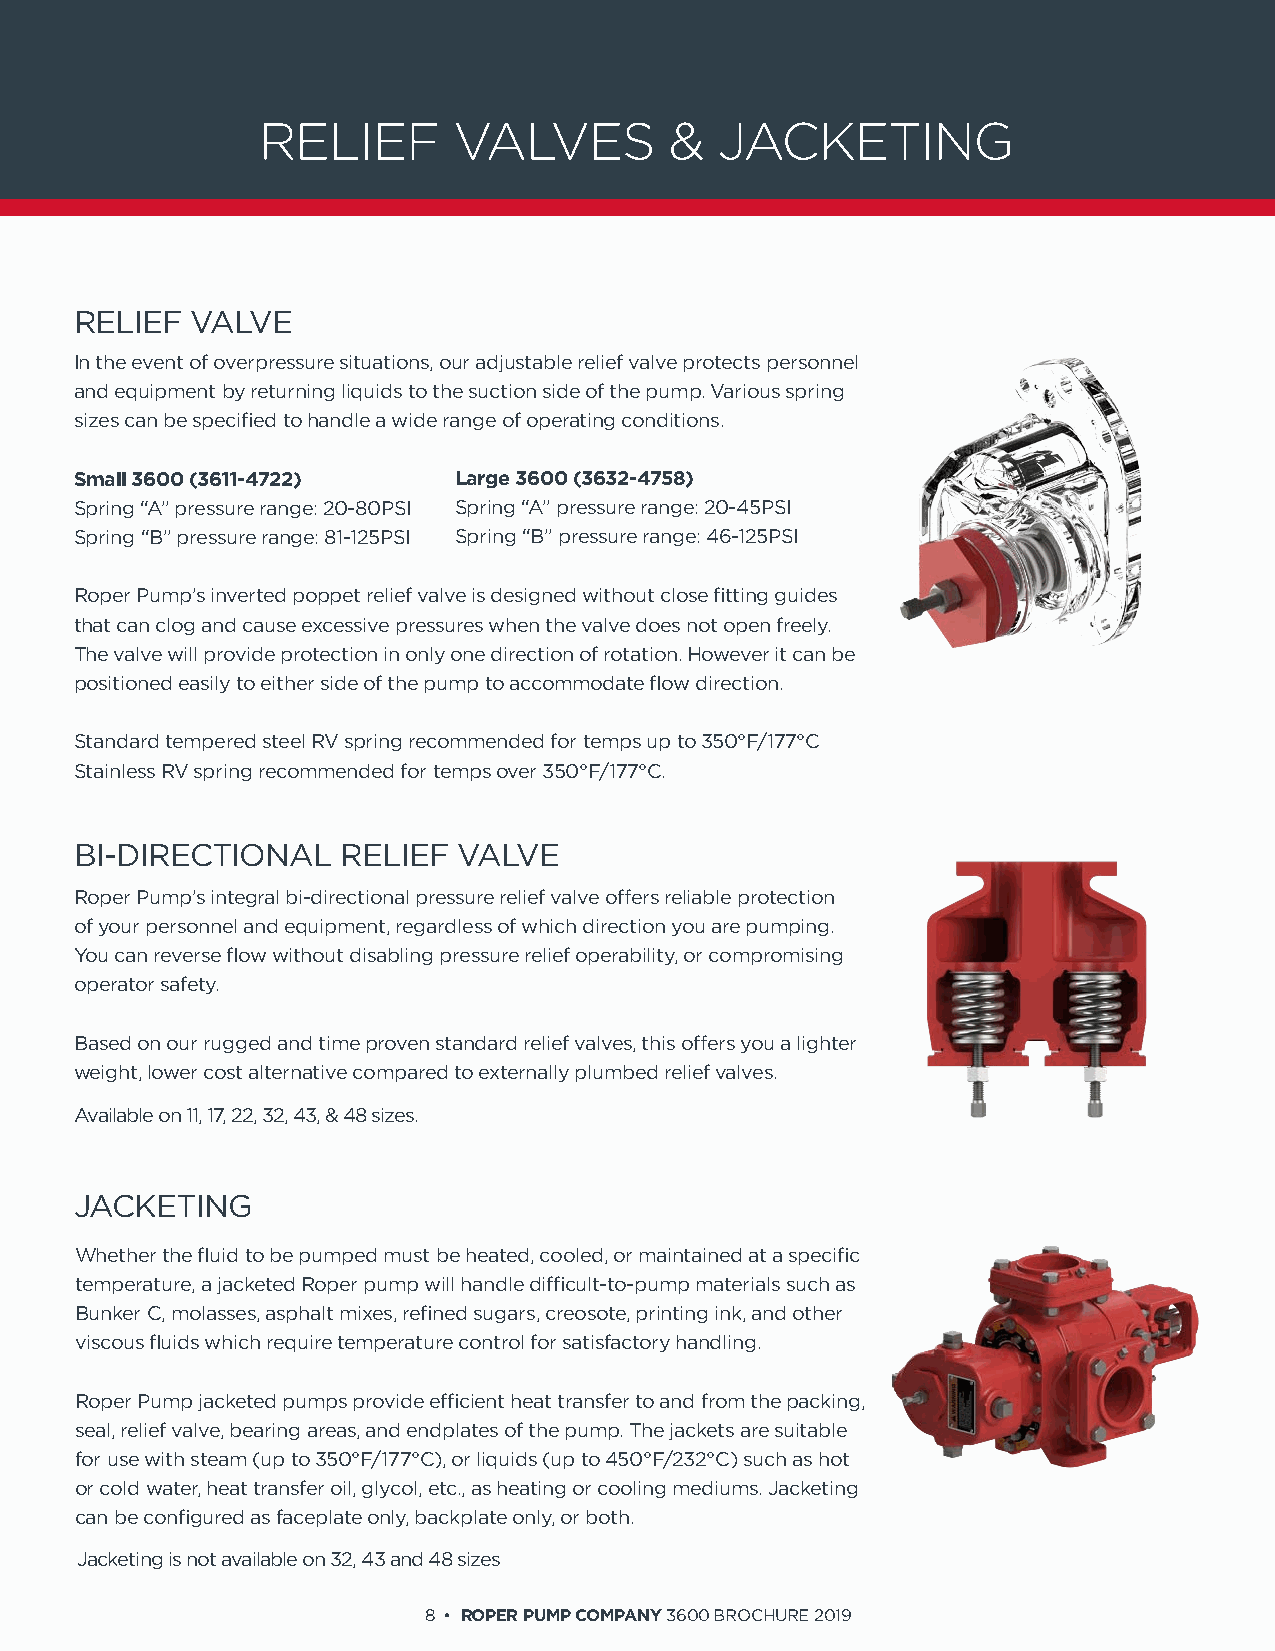
RELIEF       VALVES        &   JACKETING
 RELIEF  VALVE
 In the event of overpressure situations, our adjustable relief valve protects personnel
 and equipment by returning liquids to the suction side of the pump. Various spring
 sizes can be specified to handle a wide range of operating conditions.
 Small 3600 (3611-4722)   Large 3600 (3632-4758)
 Spring “A” pressure range: 20-80PSI Spring “A” pressure range: 20-45PSI
 Spring “B” pressure range: 81-125PSI Spring “B” pressure range: 46-125PSI
 Roper Pump’s inverted poppet relief valve is designed without close fitting guides
 that can clog and cause excessive pressures when the valve does not open freely.
 The valve will provide protection in only one direction of rotation. However it can be
 positioned easily to either side of the pump to accommodate flow direction.
 Standard tempered steel RV spring recommended for temps up to 350°F/177°C
 Stainless RV spring recommended for temps over 350°F/177°C.
 BI-DIRECTIONAL    RELIEF VALVE
 Roper Pump’s integral bi-directional pressure relief valve offers reliable protection
 of your personnel and equipment, regardless of which direction you are pumping.
 You can reverse flow without disabling pressure relief operability, or compromising
 operator safety.
 Based on our rugged and time proven standard relief valves, this offers you a lighter
 weight, lower cost alternative compared to externally plumbed relief valves.
 Available on 11, 17, 22, 32, 43, & 48 sizes.
 JACKETING
 Whether the fluid to be pumped must be heated, cooled, or maintained at a specific
 temperature, a jacketed Roper pump will handle difficult-to-pump materials such as
 Bunker C, molasses, asphalt mixes, refined sugars, creosote, printing ink, and other
 viscous fluids which require temperature control for satisfactory handling.
 Roper Pump jacketed pumps provide efficient heat transfer to and from the packing,
 seal, relief valve, bearing areas, and endplates of the pump. The jackets are suitable
 for use with steam (up to 350°F/177°C), or liquids (up to 450°F/232°C) such as hot
 or cold water, heat transfer oil, glycol, etc., as heating or cooling mediums. Jacketing
 can be configured as faceplate only, backplate only, or both.
 Jacketing is not available on 32, 43 and 48 sizes
 8 • ROPER PUMP COMPANY 3600 BROCHURE 2019